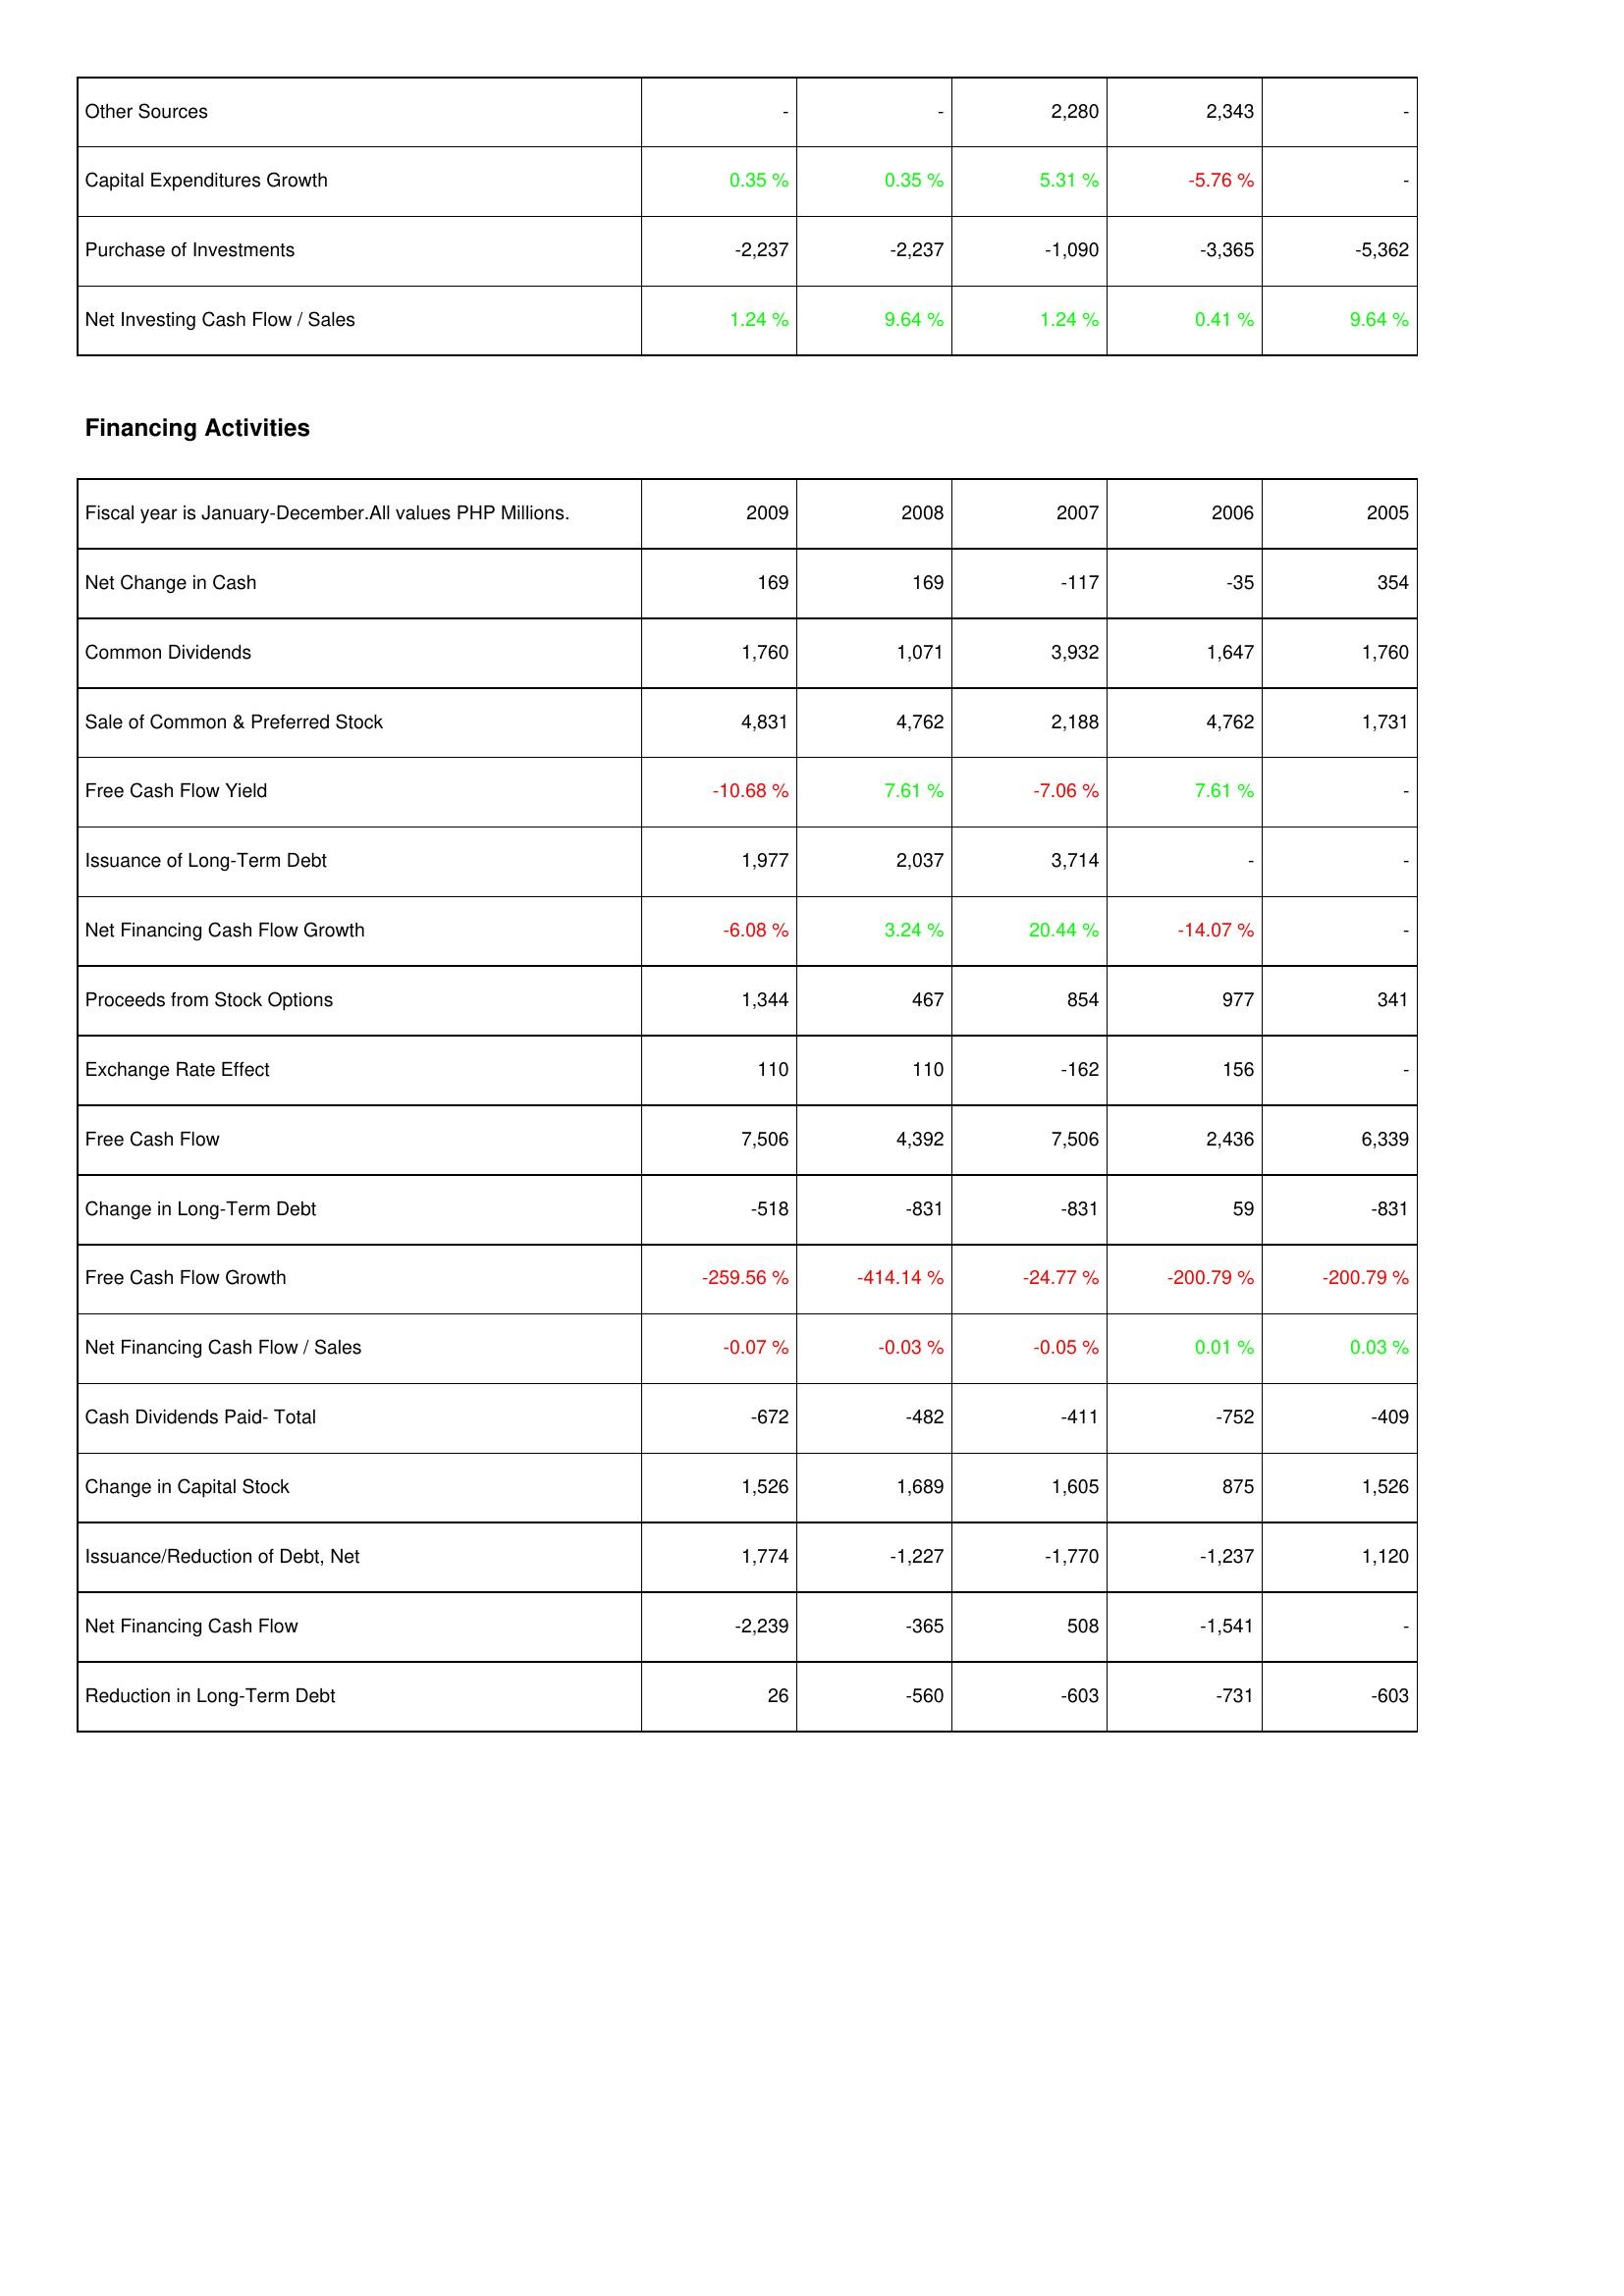
2009: Investing Activities: Other Sources: -
Capital Expenditures Growth: 0.35 %
Purchase of Investments: -2,237
Net Investing Cash Flow / Sales: 1.24 %
Financing Activities: Net Change in Cash: 169
Common Dividends: 1,760
Sale of Common & Preferred Stock: 4,831
Free Cash Flow Yield: -10.68 %
Issuance of Long-Term Debt: 1,977
Net Financing Cash Flow Growth: -6.08 %
Proceeds from Stock Options: 1,344
Exchange Rate Effect: 110
Free Cash Flow: 7,506
Change in Long-Term Debt: -518
Free Cash Flow Growth: -259.56 %
Net Financing Cash Flow / Sales: -0.07 %
Cash Dividends Paid- Total: -672
Change in Capital Stock: 1,526
Issuance/Reduction of Debt, Net: 1,774
Net Financing Cash Flow: -2,239
Reduction in Long-Term Debt: 26
2008: Investing Activities: Other Sources: -
Capital Expenditures Growth: 0.35 %
Purchase of Investments: -2,237
Net Investing Cash Flow / Sales: 9.64 %
Financing Activities: Net Change in Cash: 169
Common Dividends: 1,071
Sale of Common & Preferred Stock: 4,762
Free Cash Flow Yield: 7.61 %
Issuance of Long-Term Debt: 2,037
Net Financing Cash Flow Growth: 3.24 %
Proceeds from Stock Options: 467
Exchange Rate Effect: 110
Free Cash Flow: 4,392
Change in Long-Term Debt: -831
Free Cash Flow Growth: -414.14 %
Net Financing Cash Flow / Sales: -0.03 %
Cash Dividends Paid- Total: -482
Change in Capital Stock: 1,689
Issuance/Reduction of Debt, Net: -1,227
Net Financing Cash Flow: -365
Reduction in Long-Term Debt: -560
2007: Investing Activities: Other Sources: 2,280
Capital Expenditures Growth: 5.31 %
Purchase of Investments: -1,090
Net Investing Cash Flow / Sales: 1.24 %
Financing Activities: Net Change in Cash: -117
Common Dividends: 3,932
Sale of Common & Preferred Stock: 2,188
Free Cash Flow Yield: -7.06 %
Issuance of Long-Term Debt: 3,714
Net Financing Cash Flow Growth: 20.44 %
Proceeds from Stock Options: 854
Exchange Rate Effect: -162
Free Cash Flow: 7,506
Change in Long-Term Debt: -831
Free Cash Flow Growth: -24.77 %
Net Financing Cash Flow / Sales: -0.05 %
Cash Dividends Paid- Total: -411
Change in Capital Stock: 1,605
Issuance/Reduction of Debt, Net: -1,770
Net Financing Cash Flow: 508
Reduction in Long-Term Debt: -603
2006: Investing Activities: Other Sources: 2,343
Capital Expenditures Growth: -5.76 %
Purchase of Investments: -3,365
Net Investing Cash Flow / Sales: 0.41 %
Financing Activities: Net Change in Cash: -35
Common Dividends: 1,647
Sale of Common & Preferred Stock: 4,762
Free Cash Flow Yield: 7.61 %
Issuance of Long-Term Debt: -
Net Financing Cash Flow Growth: -14.07 %
Proceeds from Stock Options: 977
Exchange Rate Effect: 156
Free Cash Flow: 2,436
Change in Long-Term Debt: 59
Free Cash Flow Growth: -200.79 %
Net Financing Cash Flow / Sales: 0.01 %
Cash Dividends Paid- Total: -752
Change in Capital Stock: 875
Issuance/Reduction of Debt, Net: -1,237
Net Financing Cash Flow: -1,541
Reduction in Long-Term Debt: -731
2005: Investing Activities: Other Sources: -
Capital Expenditures Growth: -
Purchase of Investments: -5,362
Net Investing Cash Flow / Sales: 9.64 %
Financing Activities: Net Change in Cash: 354
Common Dividends: 1,760
Sale of Common & Preferred Stock: 1,731
Free Cash Flow Yield: -
Issuance of Long-Term Debt: -
Net Financing Cash Flow Growth: -
Proceeds from Stock Options: 341
Exchange Rate Effect: -
Free Cash Flow: 6,339
Change in Long-Term Debt: -831
Free Cash Flow Growth: -200.79 %
Net Financing Cash Flow / Sales: 0.03 %
Cash Dividends Paid- Total: -409
Change in Capital Stock: 1,526
Issuance/Reduction of Debt, Net: 1,120
Net Financing Cash Flow: -
Reduction in Long-Term Debt: -603